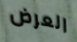
العرض